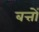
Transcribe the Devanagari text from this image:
बत्तों